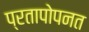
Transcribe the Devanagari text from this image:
प्रतापोपनत